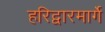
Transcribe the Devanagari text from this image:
हरिद्वारमार्गे